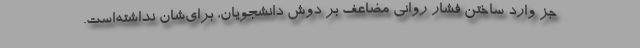
جز وارد ساختن فشار روانی مضاعف بر دوش دانشجویان، برای‌شان نداشته‌است.